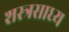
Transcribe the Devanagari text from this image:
शस्त्रसाध्य